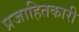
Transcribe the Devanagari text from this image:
प्रजाहितकारी